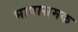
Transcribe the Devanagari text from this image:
भाषासमक